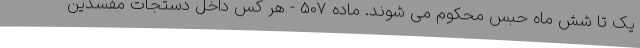
یک تا شش ماه حبس محکوم می ‌شوند. ماده 507 - هر کس داخل دستجات مفسدین